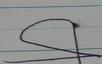
Signature authenticity: forged